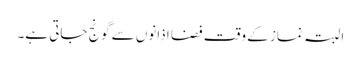
البتہ نماز کے وقت فضا اذانوں سے گونج جاتی ہے۔